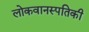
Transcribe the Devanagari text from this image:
लोकवानस्पतिकी